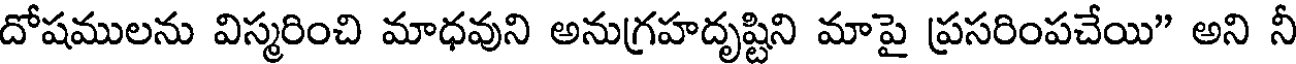
దోషములను విస్మరించి మాధవుని అనుగ్రహదృష్టిని మాపై ప్రసరింపచేయి" అని నీ